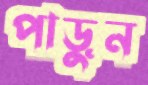
পাড়ুন